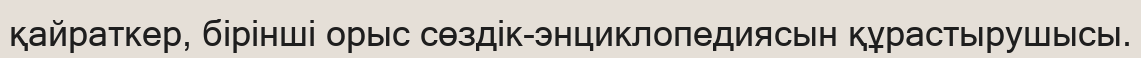
қайраткер, бірінші орыс сөздік-энциклопедиясын құрастырушысы.